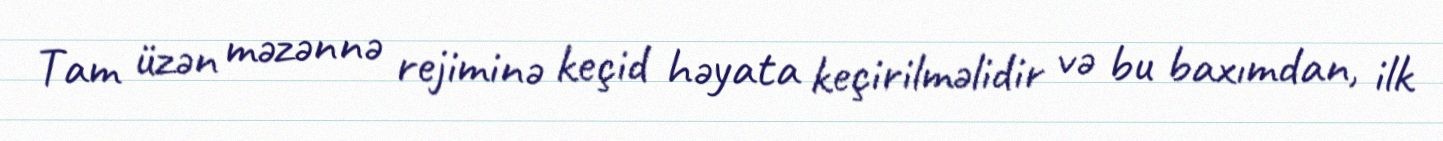
Tam üzən məzənnə rejiminə keçid həyata keçirilməlidir və bu baxımdan, ilk